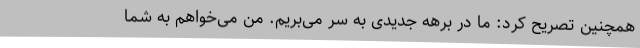
همچنین تصریح کرد: ما در برهه جدیدی به سر می‌بریم. من می‌خواهم به شما